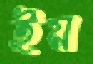
ইয়